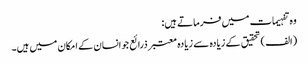
وہ تفہیمات میں فرماتے ہیں:
(الف) تحقیق کے زیادہ سے زیادہ معتبر ذرائع جو انسان کے امکان میں ہیں۔